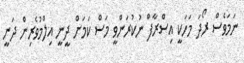
ނަމަވެސް ރޯދަ މަހަކީ އިސްރާފް ނުކުރަންވީ މަސް ކަމަށް ދީނީ އިލްމުވެރިން ދަނީ